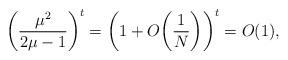
LaTeX: \begin{align*}\biggl(\frac{\mu^2}{2\mu -1} \biggr)^{t} = \biggl(1 + O\biggl(\frac{1}{N}\biggr)\biggr)^t = O(1),\end{align*}